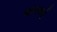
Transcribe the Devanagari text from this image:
ब्लास्टर्स